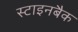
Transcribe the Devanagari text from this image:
स्टाइनबैक